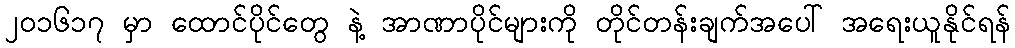
၂၀၁၆၁၇ မှာ ထောင်ပိုင်တွေ နဲ့ အာဏာပိုင်များကို တိုင်တန်းချက်အပေါ် အရေးယူနိုင်ရန်